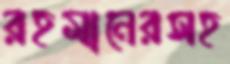
রহমানেরসহ